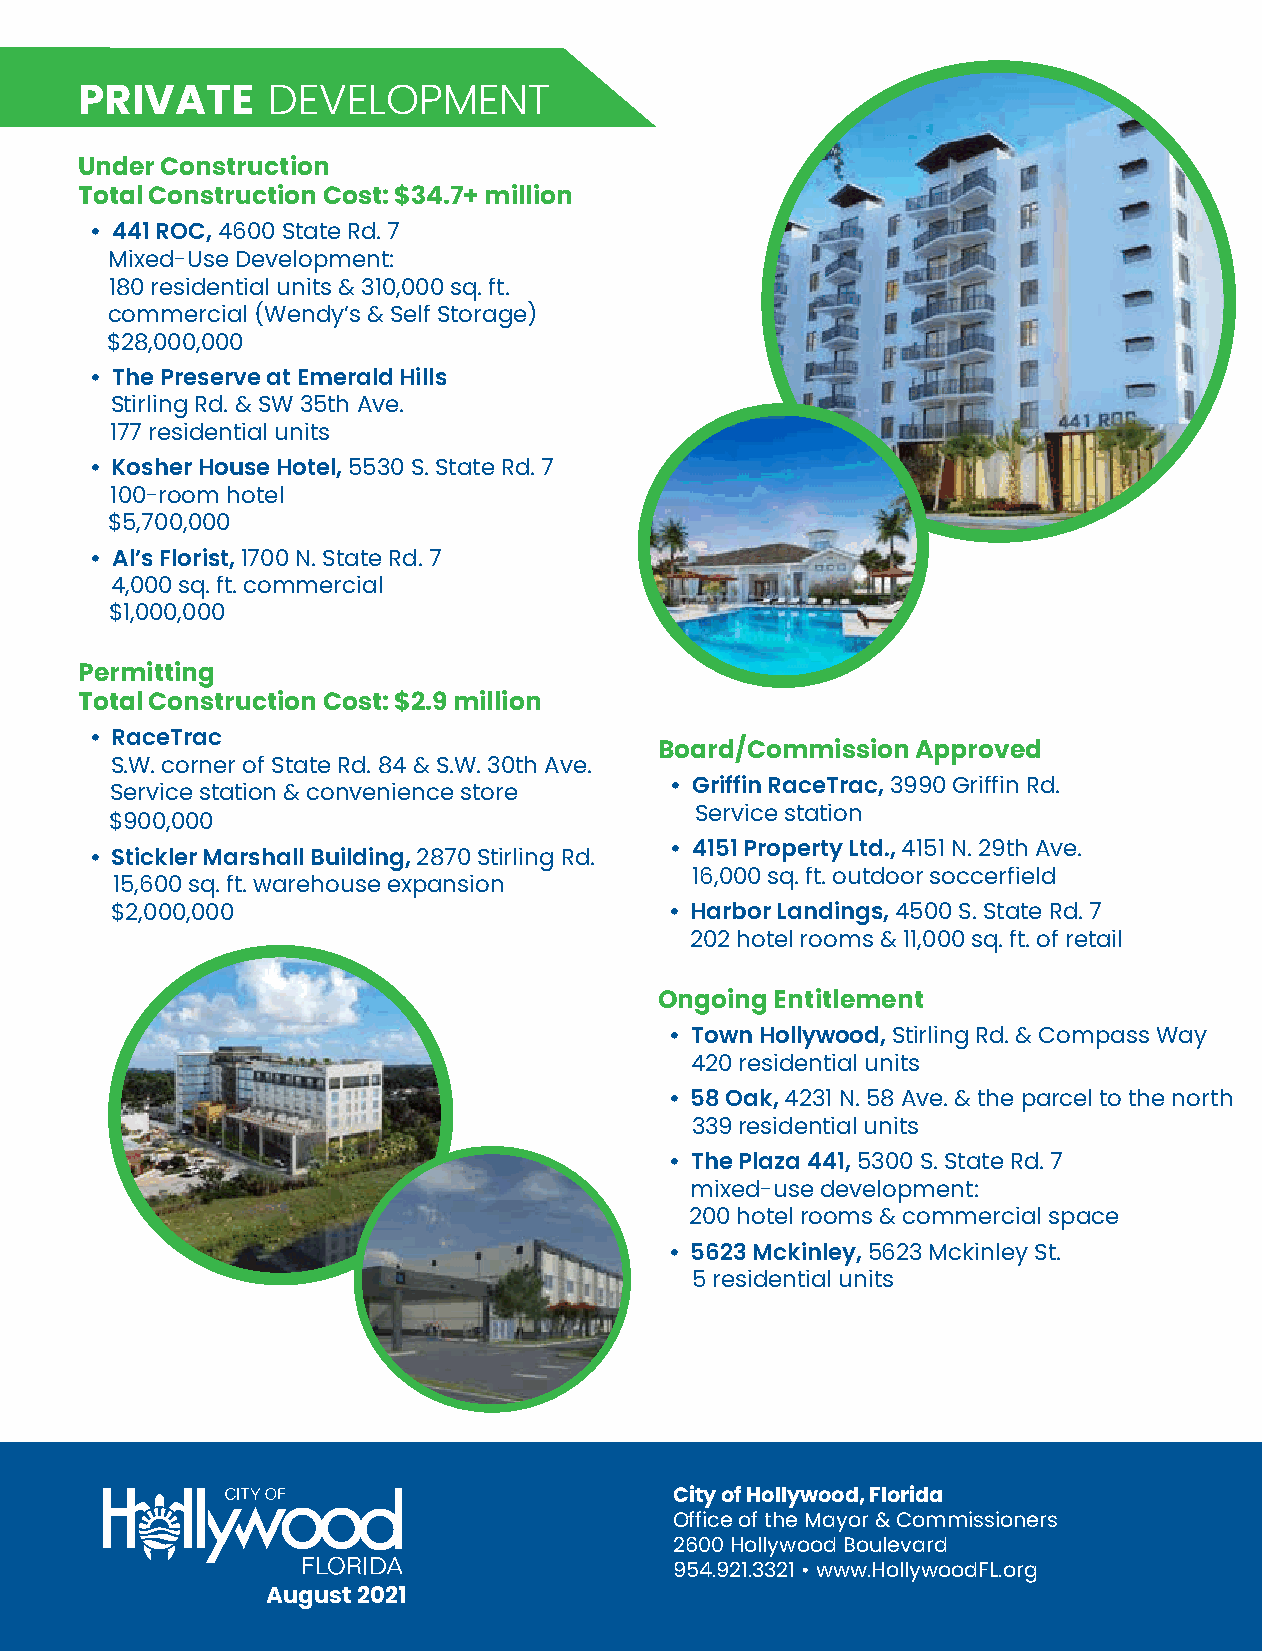
Adam Gruber
 PRIVATE      DEVELOPMENT
 C  i t y  o  f  H  o  l l y w o  o d                                District 4
 Commissioner
 Under Construction
 District          4   Project          List
 Total Construction Cost: $34.7+ million
 • 441 ROC, 4600 State Rd. 7
 Mixed-Use Development:
 180 residential units & 310,000 sq. ft.
 commercial (Wendy’s & Self Storage)
 $28,000,000
 • The Preserve at Emerald Hills
 Stirling Rd. & SW 35th Ave.
 177 residential units
 • Kosher House Hotel, 5530 S. State Rd. 7
 100-room hotel
 $5,700,000
 • Al’s Florist, 1700 N. State Rd. 7
 4,000 sq. ft. commercial
 $1,000,000
 Permitting
 Total Construction Cost: $2.9 million
 • RaceTrac                                                                       PUBLIC     IMPROVEMENTS
 Board/Commission Approved
 S.W. corner of State Rd. 84 & S.W. 30th Ave.
 • Griffin RaceTrac, 3990 Griffin Rd.       $212   million
 Service station & convenience store
 Service station
 $900,000
 • 4151 Property Ltd., 4151 N. 29th Ave.
 • Stickler Marshall Building, 2870 Stirling Rd.
 16,000 sq. ft. outdoor soccerfield
 15,600 sq. ft. warehouse expansion
 $2,000,000                           • Harbor Landings, 4500 S. State Rd. 7                                    PARKS  & RECREATION   FACILITIES
 202 hotel rooms & 11,000 sq. ft. of retail                              Total Budgeted: $1.2 million
 In Progress
 Ongoing Entitlement
 Cathy & Bob Anderson Park - GO Bond     $255,897
 • Town Hollywood, Stirling Rd. & Compass Way                                • Replace Playground Equipment & Safety Surface
 420 residential units
 • Shade System
 • 58 Oak, 4231 N. 58 Ave. & the parcel to the north                         • Resurface Sport Court, Walkway & Parking Lot
 339 residential units
 Mara Berman Giulianti Park             $600,000
 • The Plaza 441, 5300 S. State Rd. 7
 mixed-use development:                                                    • New Playground & Safety Surface
 200 hotel rooms & commercial space                                        • Shade System
 • 5623 Mckinley, 5623 Mckinley St.                                          • Renovation of ½ Court Basketball
 5 residential units                                                       • Splash Pad
 John Williams Park - GO Bond            $360,868
 • Replace Playground Equipment & Safety Surface
 • Shade System
 • Resurface Walking Path
 Completed
 City of Hollywood, Florida
 Emerald Hills Lake Park                  $5,000
 Office of the Mayor & Commissioners
 • Resurface ½ Court Basketball
 2600 Hollywood Boulevard
 954.921.3321 • www.HollywoodFL.org
 August 2021